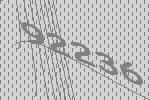
92236